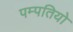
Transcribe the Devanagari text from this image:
पम्‍पतियो